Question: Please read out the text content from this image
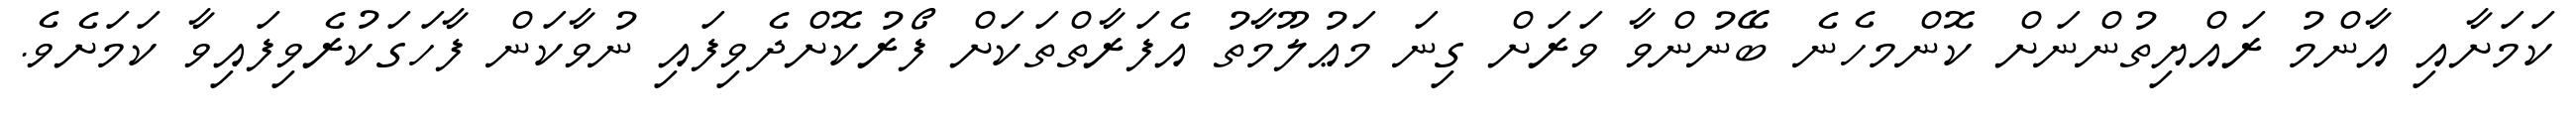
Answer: ކަމަށާއި އާންމު ރައްޔިތުންނަށް ކޮންމހެނެ ބޭނުންވާ ވަރަށް ގިނަ މަޢުލޫމާތު އެފަރާތްތަކަށް ފޯރުކޮށްދެވިފައި ނުވާކަން ފާހަގަކުރެވިފައިވާ ކަމަށެވެ.